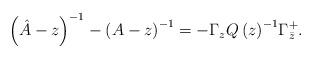
LaTeX: \begin{align*}\left( \hat{A}-z \right)^{-1}-\left( A-z \right)^{-1}=-\Gamma_{z}{Q\left( z \right)}^{-1}\Gamma_{\bar{z}}^{+}.\end{align*}